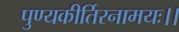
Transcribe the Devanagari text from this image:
पुण्यकीर्तिरनामयः।।